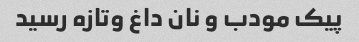
پیک مودب و نان داغ وتازه رسید